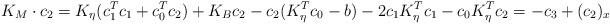
LaTeX: \begin{align*}K_M\cdot c_2 = K_\eta(c_1^Tc_1+c_0^Tc_2)+K_Bc_2-c_2(K_\eta^Tc_0-b)-2c_1K_\eta^Tc_1-c_0K_\eta^Tc_2 = -c_3 + (c_2)_x \end{align*}